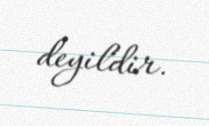
deyildir.